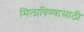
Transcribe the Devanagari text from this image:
मिलाविण्यासाठी